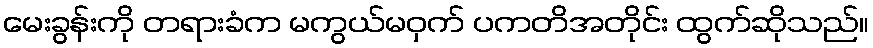
မေးခွန်းကို တရားခံက မကွယ်မဝှက် ပကတိအတိုင်း ထွက်ဆိုသည်။